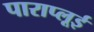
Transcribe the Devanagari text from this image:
पाराप्लूई